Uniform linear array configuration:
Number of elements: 4
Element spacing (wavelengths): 0.25
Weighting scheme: exponential
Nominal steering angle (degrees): -30
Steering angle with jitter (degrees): -28.986
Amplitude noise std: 0.05
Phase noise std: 0.05

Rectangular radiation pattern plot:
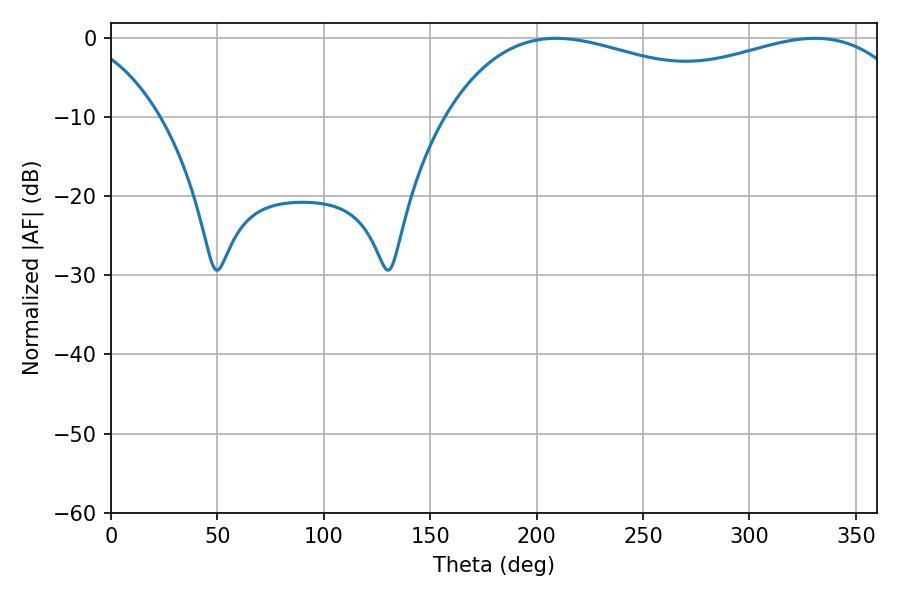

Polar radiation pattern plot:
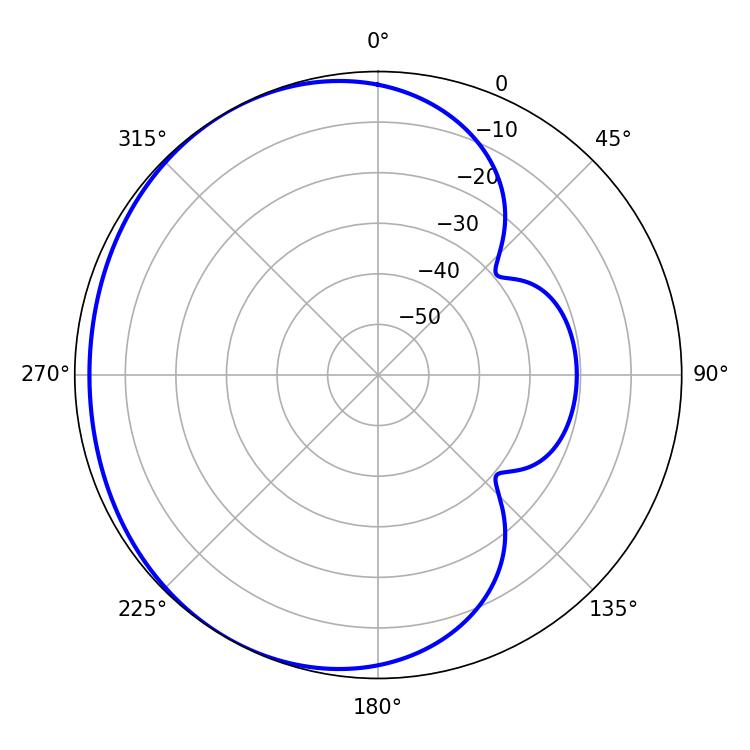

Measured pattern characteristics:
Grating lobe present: FALSE
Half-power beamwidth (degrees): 181.8
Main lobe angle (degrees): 209.16